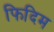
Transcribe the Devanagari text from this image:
फिदिम